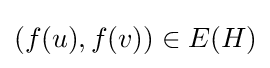
(f(u),f(v))\in E(H)